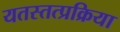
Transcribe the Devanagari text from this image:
यतस्तत्प्रक्रिया